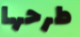
طرحها